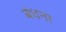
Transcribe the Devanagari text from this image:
बंधना